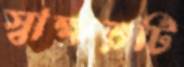
স্বাক্ষরটি